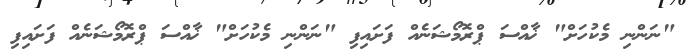
"ނަންނި މެކުހަށް" ޚާއްސަ ޕްރޮމޯޝަނެއް ފަށައިފި "ނަންނި މެކުހަށް" ޚާއްސަ ޕްރޮމޯޝަނެއް ފަށައިފި